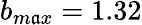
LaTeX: b_{m\mathfrak{a}x}=1.32